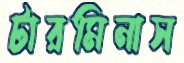
টারমিনাস